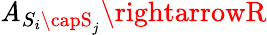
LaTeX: \mathit{A}_{S_{i}\capS_{j}}\rightarrowR